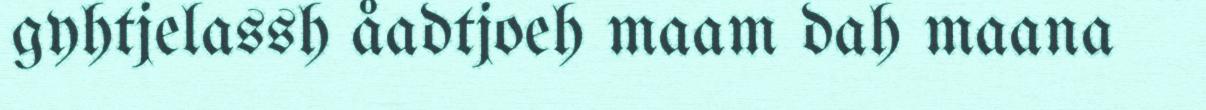
gyhtjelassh åadtjoeh maam dah maana